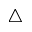
\triangle